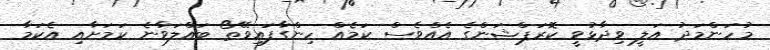
މުހަންމަދު އަލީ ވިދާޅުވީ ކޮރަޕްޝަންގެ އެއްވެސް ކަމެއް ހިންގާފައިވޭތޯ ބައްލަވާނެ ކަމަށާއި އެކަމާ